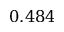
0 . 4 8 4